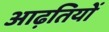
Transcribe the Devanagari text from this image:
आढ़तियों